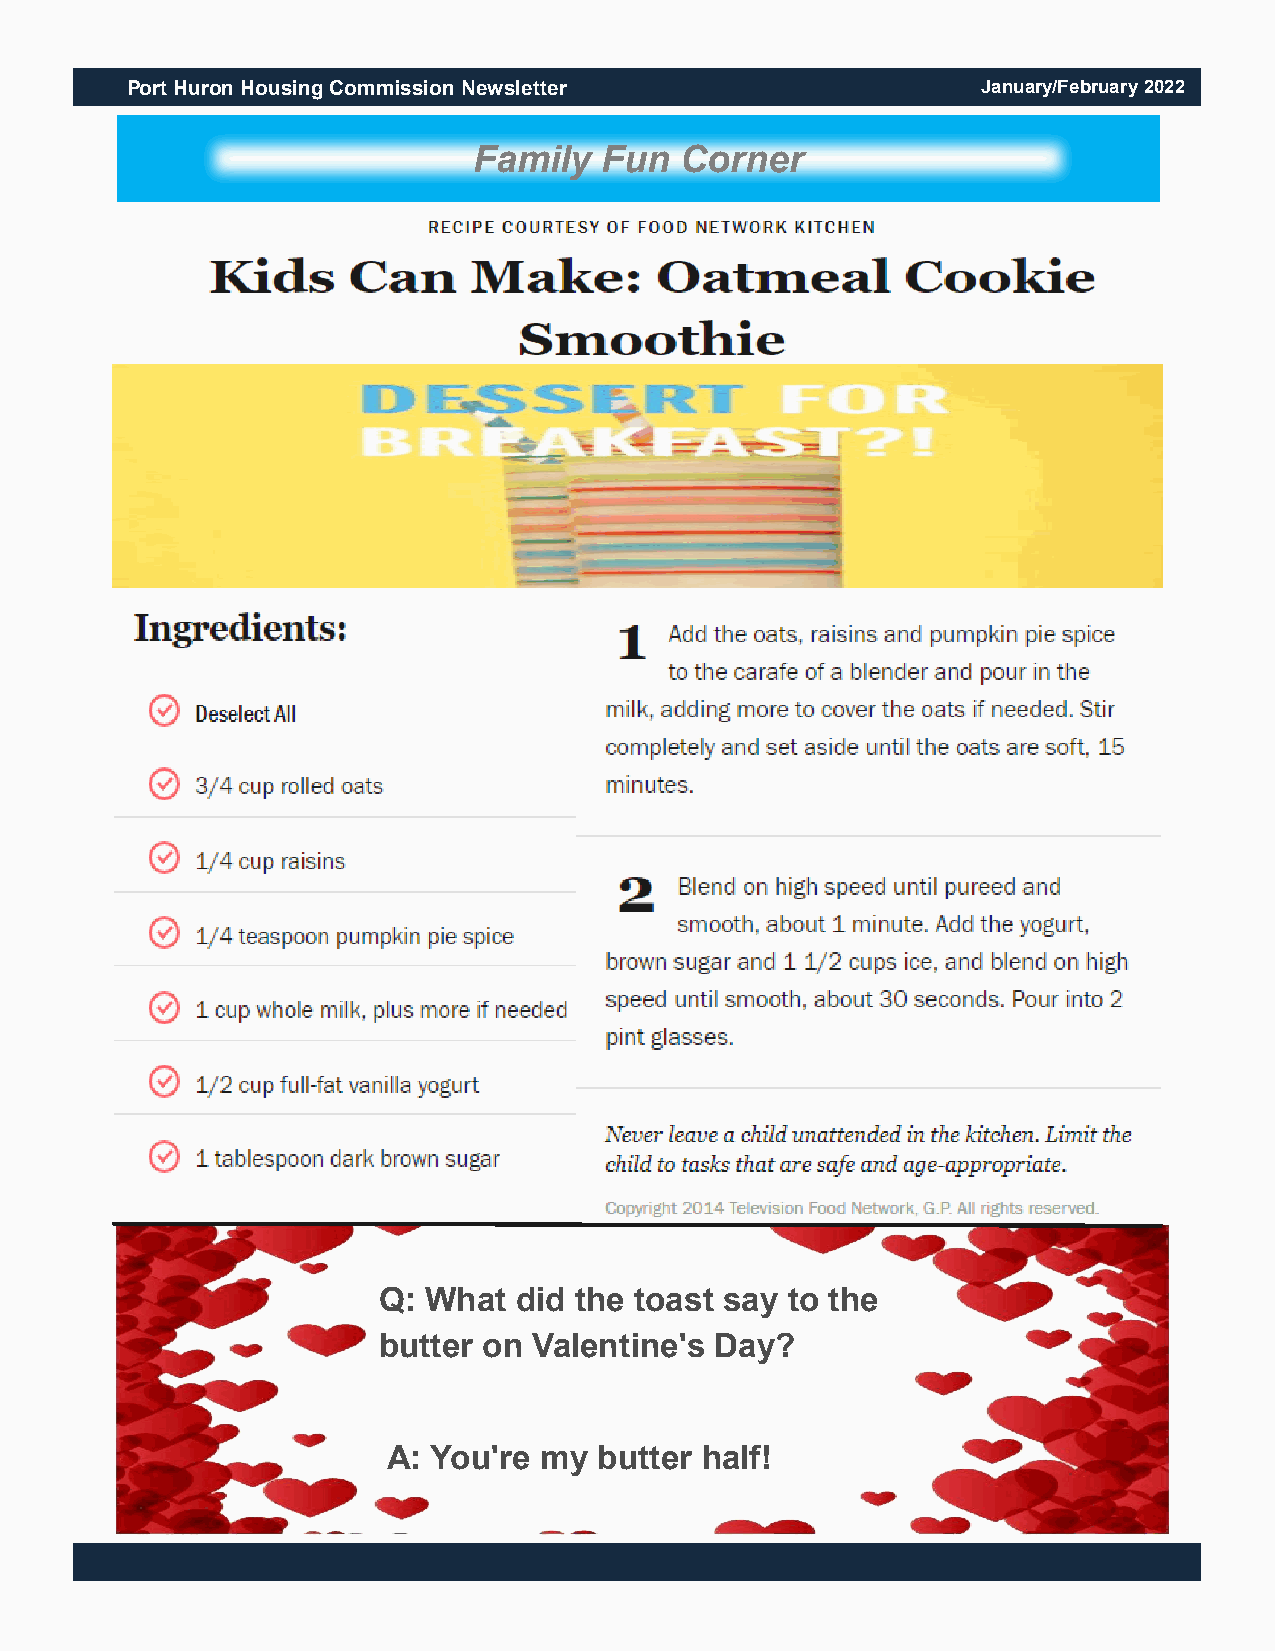
Port Huron Housing Commission Newsletter                 January/February 2022
 Family   Fun  Corner
 Q: What  did the toast say to the
 butter on Valentine's Day?
 A: You're my  butter half!